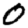
Digit: 0